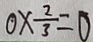
0 \times \frac { 2 } { 3 } = 0